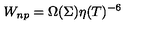
W _ { n p } = \Omega ( \Sigma ) \eta ( T ) ^ { - 6 }